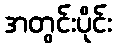
အတွင်းပိုင်း